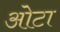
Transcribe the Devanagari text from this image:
ओेटा